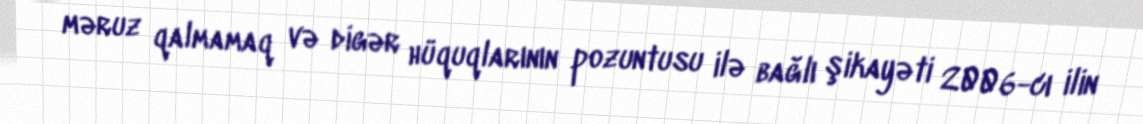
məruz qalmamaq və digər hüquqlarının pozuntusu ilə bağlı şikayəti 2006-cı ilin